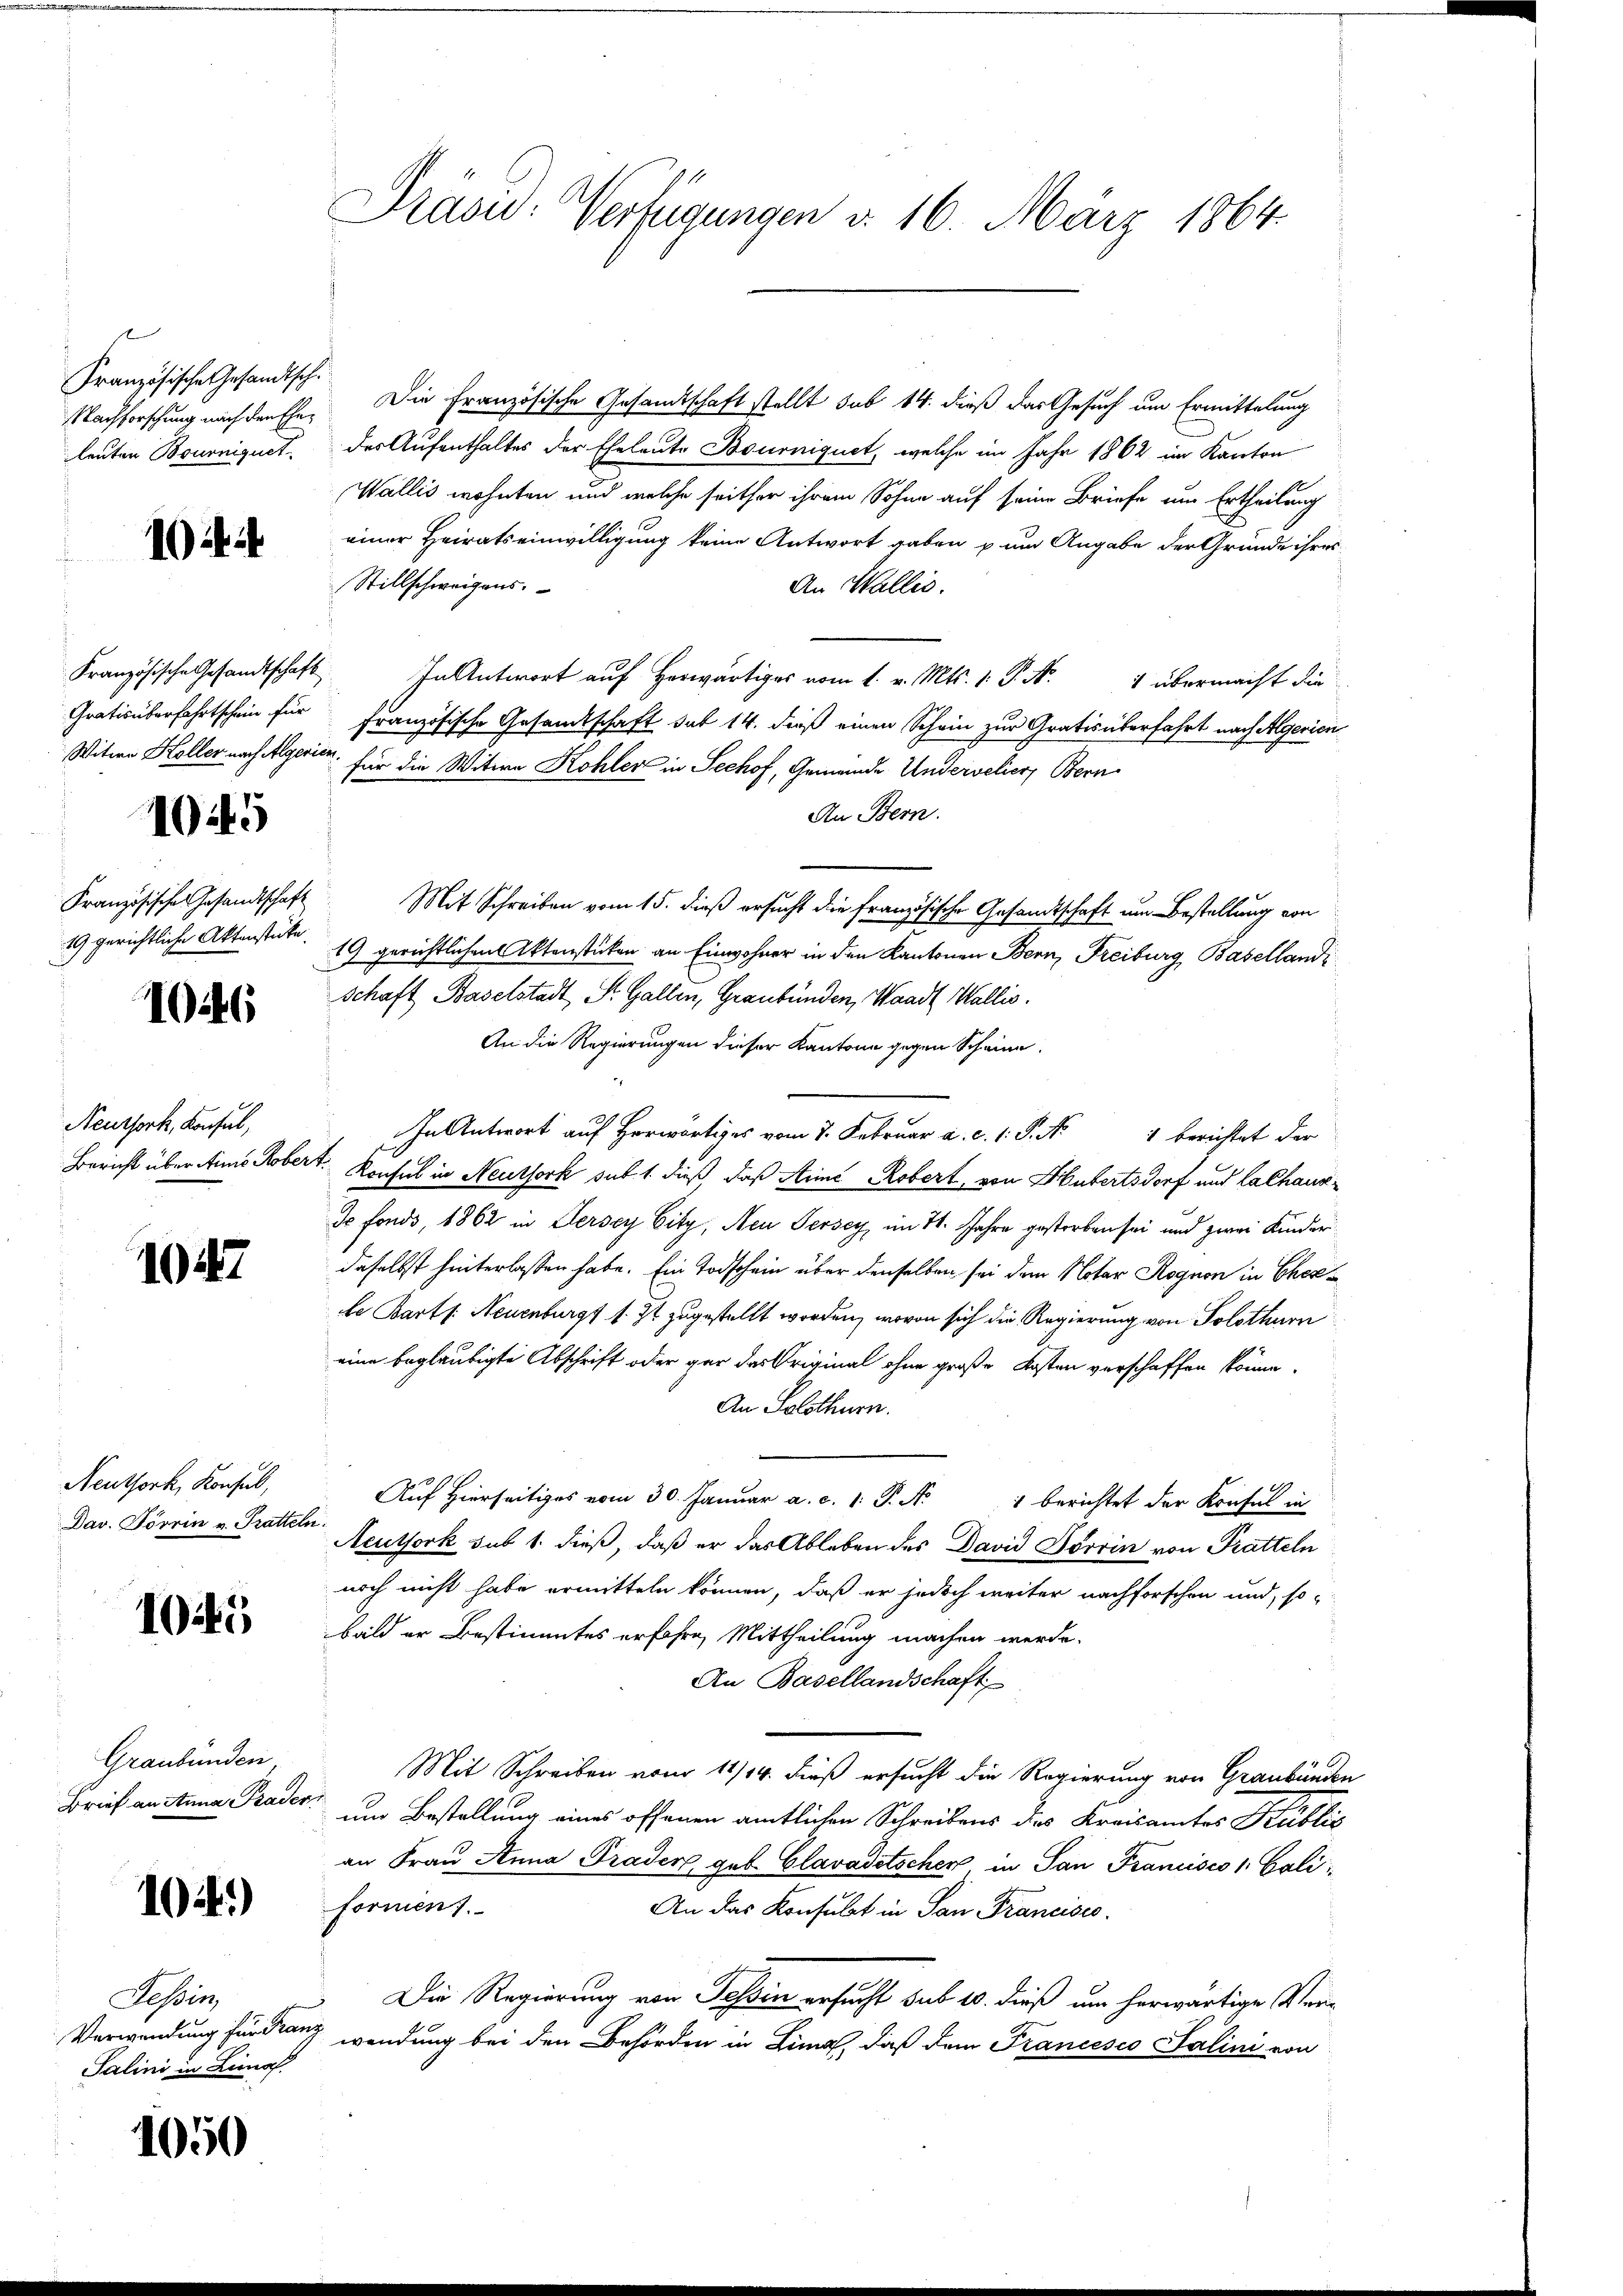
E
Französische Gesandtsch.

104 f

Französische Gesandtschaft
Gratis überfahrtschein für

1045

Französischer Gesandtschaft
19 gerichtliche Aktenstücke,

1046

Neuthork, Konsul,

1047

Neuthork, Konsul,
Dav. Förrin v. Tratteln.

1045

Graubünden

104)

Tessin,
Salini in Limo

1050

Nachforschung nach den Ehe. Die Französische Gesandtschaft stellt sub 14. dieß das Gesuch um Ermittelung
leuten Bourniquet, des Aufenthaltes der Eheleute Bourniquet, welche im Jahr 1862 im Kanton
Wallis wohnten und welche seither ihrem Sohne auf seine Briefe um Ertheilung
einer Heiratseinwilligung keine Antwort gaben zum Angabe der Gründe ihres
Stillschweizens.
An Wallis.
In Antwort auf Herwärtiges vom 1. v. Mts. 1. P. Nr. 4 übermacht die
französische Gesandtschaft das 14. dieß einen Schein zur Gratis überfahrt nach Algerien
Witwe Holler nach Aegerien, für die Witwe Kohler in Sechof, Gemeinde Undervelier, Bern
An Bern.
Mit Schreiben vom 15. dieß ersucht die Französische Gesandtschaft um Bestellung von
19 gerichtlichen Aktenstücken an Einwohner in den Kantonen Bern, Freiburg, Basellandi
schaft Baselstadt St. Gallen, Graubünden, Waadt Wallis.
An die Regierungen dieser Kantone gegen Scheine
antwort auf Herr vom 7. Februar a. c. 1. P. Nr. 1 berichtet der
Bericht über des Kobert. Konsul in Neuthork sub. 1. dieß, daß Arme Robert, von Hubertsdorf und Lalhaus¬
Ie fonds, 1862 in Dersey Eity, Neu Jersey, im 11. Jahre gestorben sei und zwei Kinder
daselbst hinterlassen habe. Ein Todschein über denselben sei dem Notar Rognon in Cherte Barts: Neuenburg s. Zt. zugestellt worden, wovon sich die Regierung von Solothurn
eine beglaubigte Abschrift oder gar das Original ohne große Kosten verschaffen könne,
An Solothurn.
e
Auf hierseitiges vom 30. Januar a. c. 1. P. N. 1 berichtet der Konsul in
Neuthork sub 1. dieß, daß er das Ableben des David Förrin von Pratteln
noch nicht habe ermitteln können, daß er jedoch weiter nachforschen und, so
bald er Bestimmtes erfahre, Mittheilung machen werde.
An Basellandschaft
Mit Schreiben vom 11/14. dieß ersucht die Regierung von Graubünden
Brief an Anna Pader, um Bestellung eines offenen amtlichen Schreibens des Kreisamtes Kublis
an Frau Anna Grader geb. Glavadetscher in San Francisco 1. Cali
formen 1.
An das Konsulat in San Francisco
Die Regierung von Tessin ersucht sub 10. dieß um herwärtige Ver¬
Verwendung für dan wendung bei den Behörden in Lina, daß dem Francesco Salini von

Prasid: Verfügungen d. 16. März 1864.